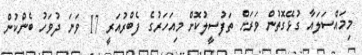
މިމައްސަލައާ ގުޅޭގޮތުން ވަރަށް ތަފުސީލުކޮށް މިއަހަރުގެ ފެބްރުއަރީ 17 ވަަނަ ދުވަހު ބެންކުން